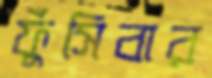
ফুঁসিবার